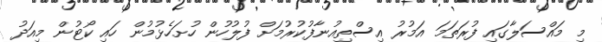
މި މައްސަލާގައި ފުރަތަމަ އަމުރު އިސްތިއުނާފުކުރުމަށް ފުލުހުން ހުށަހެޅުމުން ހައި ކޯޓުން މިއަދު